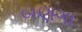
બણગા